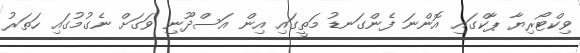
ވިކްޓޯރިޔާ ޕާކްގައި އޮންނަ ފެންގަނޑު މަތީގައި އިން އަސްދޫނި ވަގަށް ނެގުމުގައި ހަތަރު